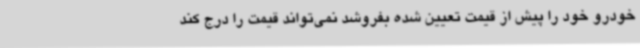
خودرو خود را پیش از قیمت تعیین شده بفروشد نمی‌تواند قیمت را درج کند